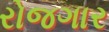
રોજગાર